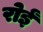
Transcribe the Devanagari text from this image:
रोईं